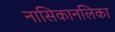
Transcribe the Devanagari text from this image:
नासिकानलिका